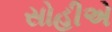
સોહીએ